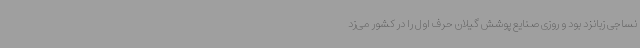
نساجی زبانزد بود و روزی صنایع پوشش گیلان حرف اول را در کشور می‌زد